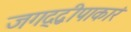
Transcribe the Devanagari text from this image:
जगद्द्वीपाकारं